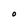
Character: O